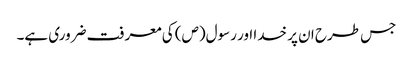
جس طرح ان پر خدا اور رسول(ص) کی معرفت ضروری ہے۔